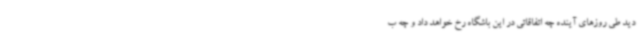
دید طی روزهای آینده چه اتفاقاتی در این باشگاه رخ خواهد داد و چه ب